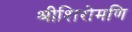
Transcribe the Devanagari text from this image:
श्रीशिरोमणि